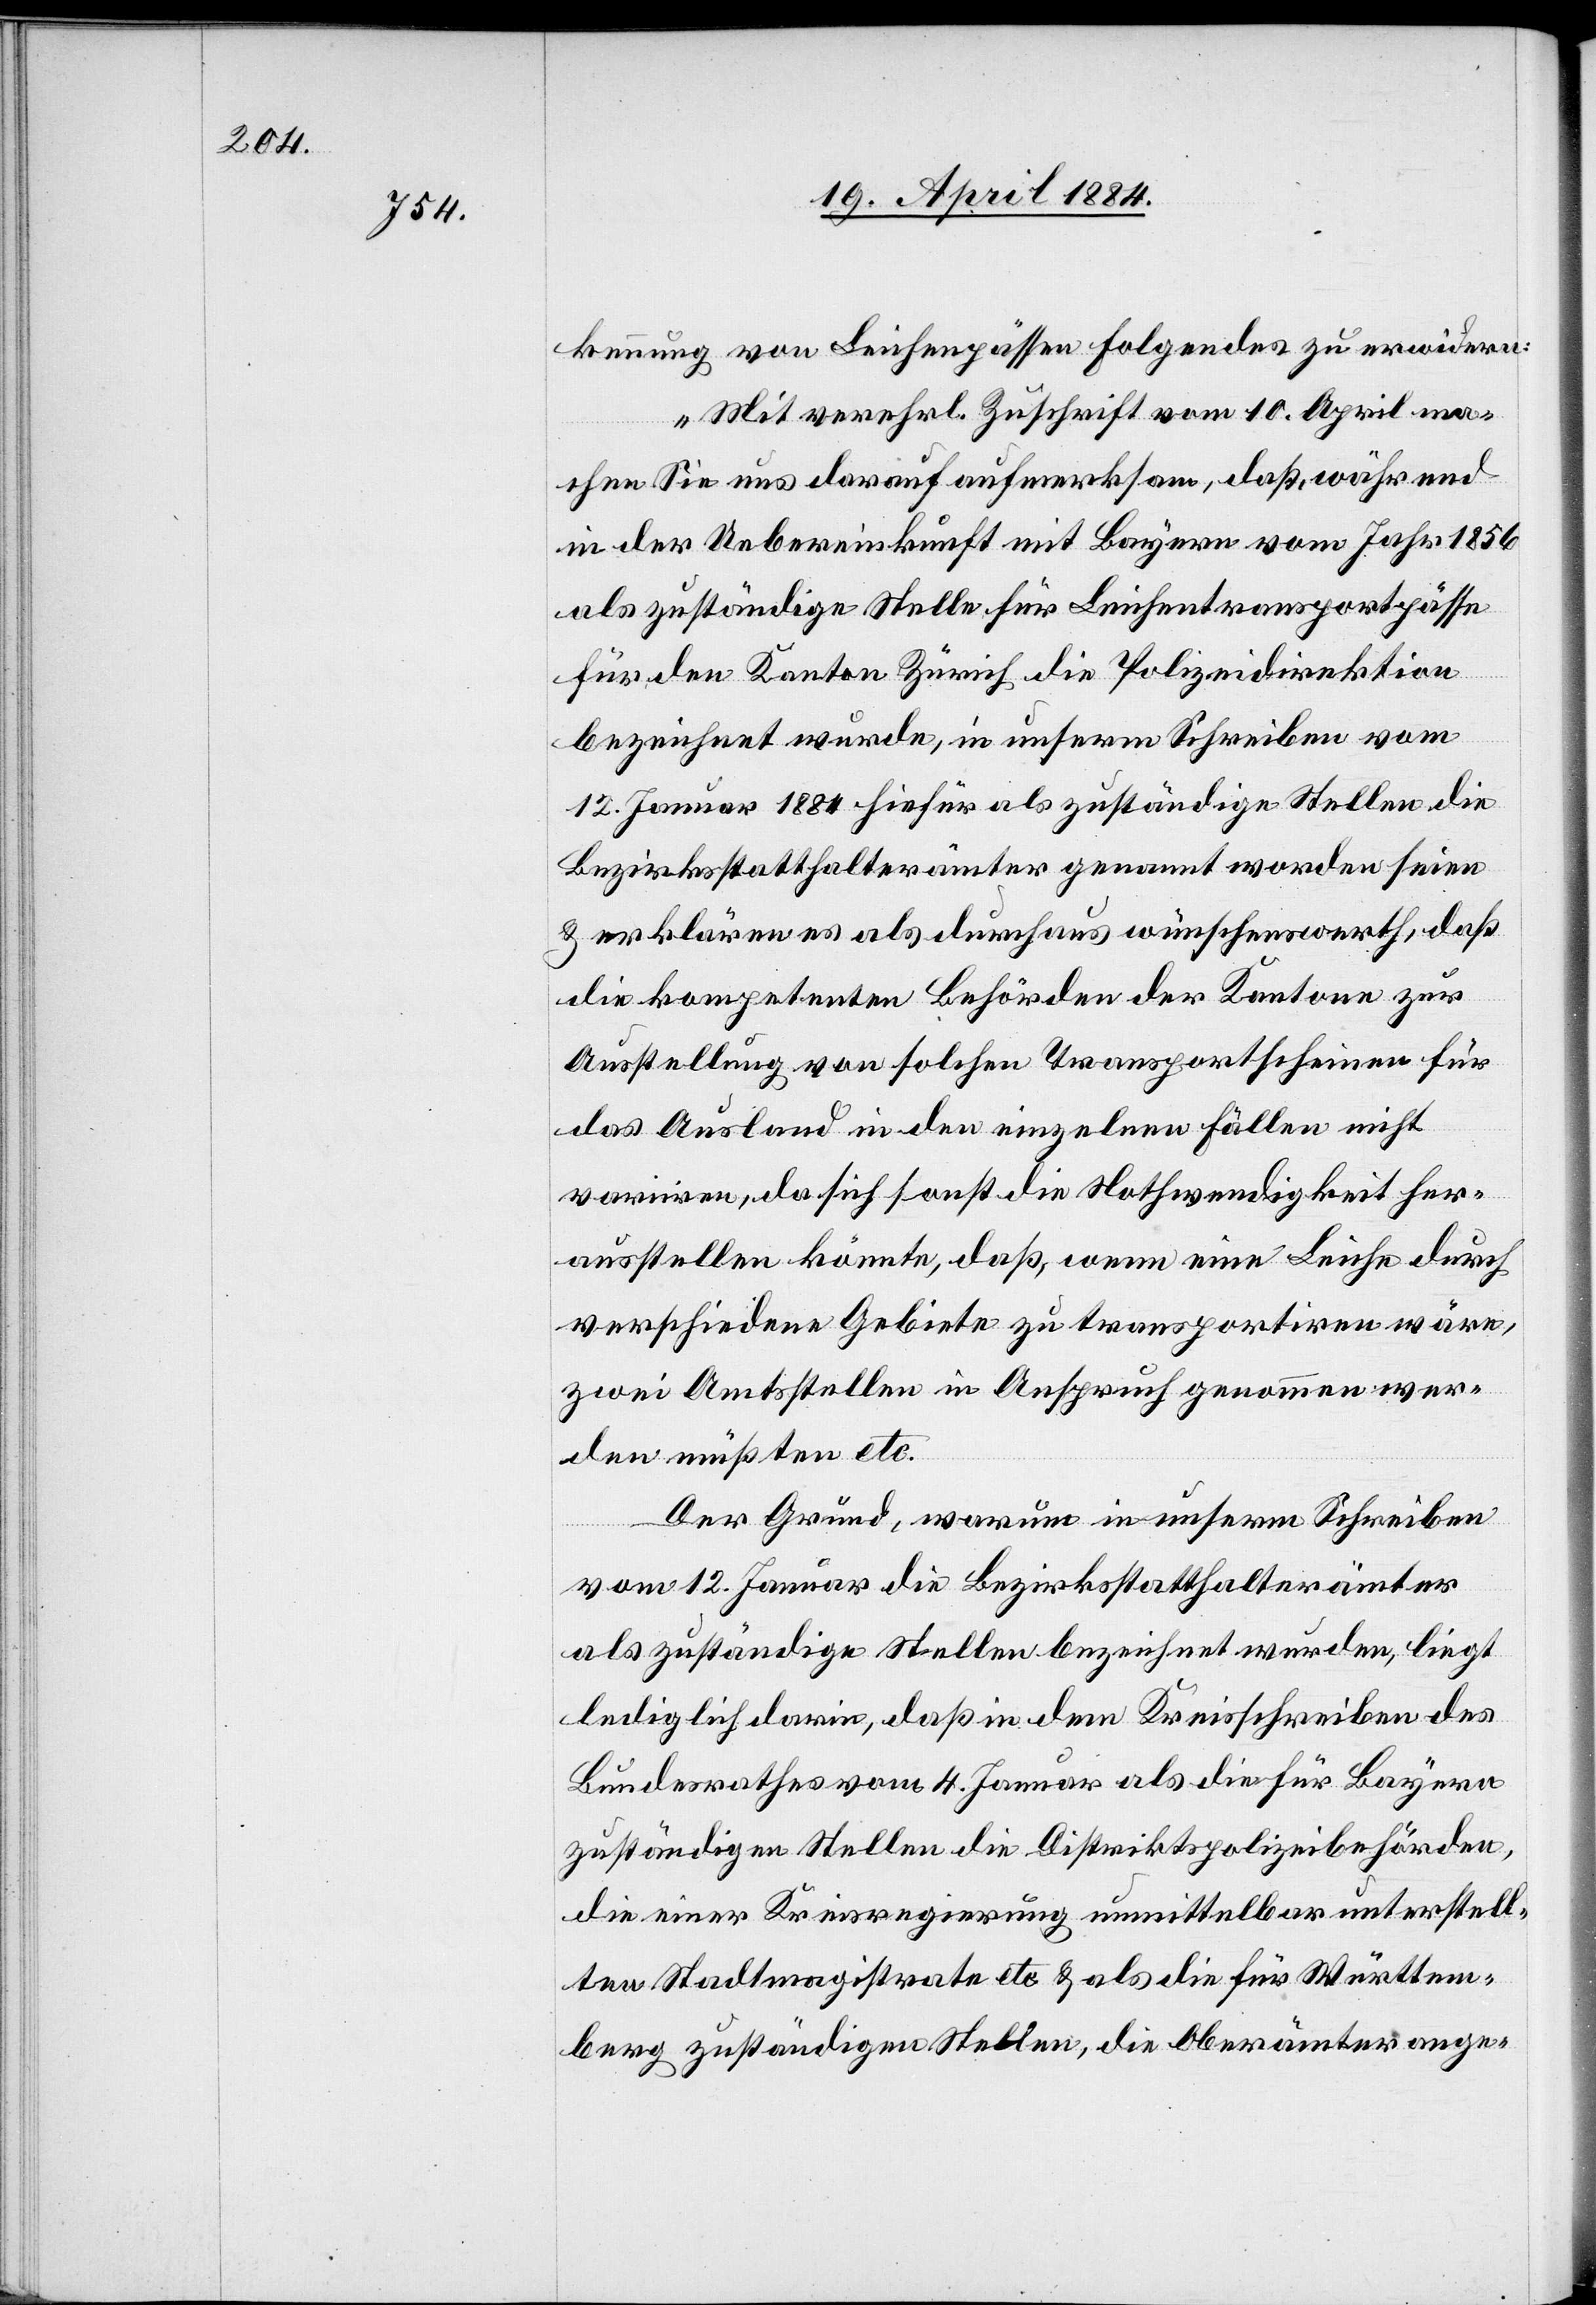
kennung von Leichenpässen Folgendes zu erwidern:
„Mit verehrl. Zuschrift vom 10. April ma¬
chen Sie uns darauf aufmerksam, daß während
in der Uebereinkunft mit Bayern vom Jahr 1856
als zuständige Stelle für Leichentransportpässe
für den Kanton Zürich die Polizeidirektion
bezeichnet wurde, in unserm Schreiben vom
12. Januar 1884 hierfür als zuständige Stellen die
Bezirksstatthalterämter genannt worden seien
& erklären es als durchaus wünschenswerth, daß
die kompetenten Behörden der Kantone zur
Ausstellung von solchen Transportscheinen für
das Ausland in den einzelnen Fällen nicht
variren, da sich sonst die Nothwendigkeit her¬
ausstellen könnte, daß, wenn eine Leiche durch
verschiedene Gebiete zu transportiren wäre,
zwei Amtsstellen in Anspruch genommen wer¬
den müßten etc.
Der Grund, warum in unserm Schreiben
vom 12. Januar die Bezirksstatthalterämter
als zuständige Stellen bezeichnet wurden, liegt
lediglich darin, daß in dem Kreisschreiben des
Bundesrathes vom 4. Januar als die für Bayern
zuständigen Stellen die Distriktspolizeibehörden
die einer Kreisregierung unmittelbar unterstell¬
ten Stadtmagistrate etc. & als die für Württem¬
berg zuständigen Stellen, die Oberämter ange-